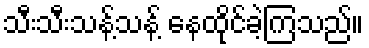
သီးသီးသန့်သန့် နေထိုင်ခဲ့ကြသည်။